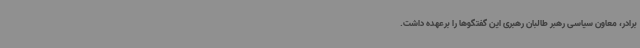
برادر، معاون سیاسی رهبر طالبان رهبری این گفتگوها را برعهده داشت.